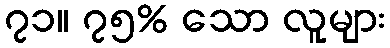
၇၁။ ၇၅% သော လူများ